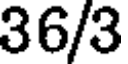
36/3